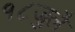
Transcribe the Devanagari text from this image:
१८जुलै